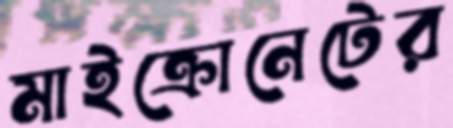
মাইক্রোনেটের